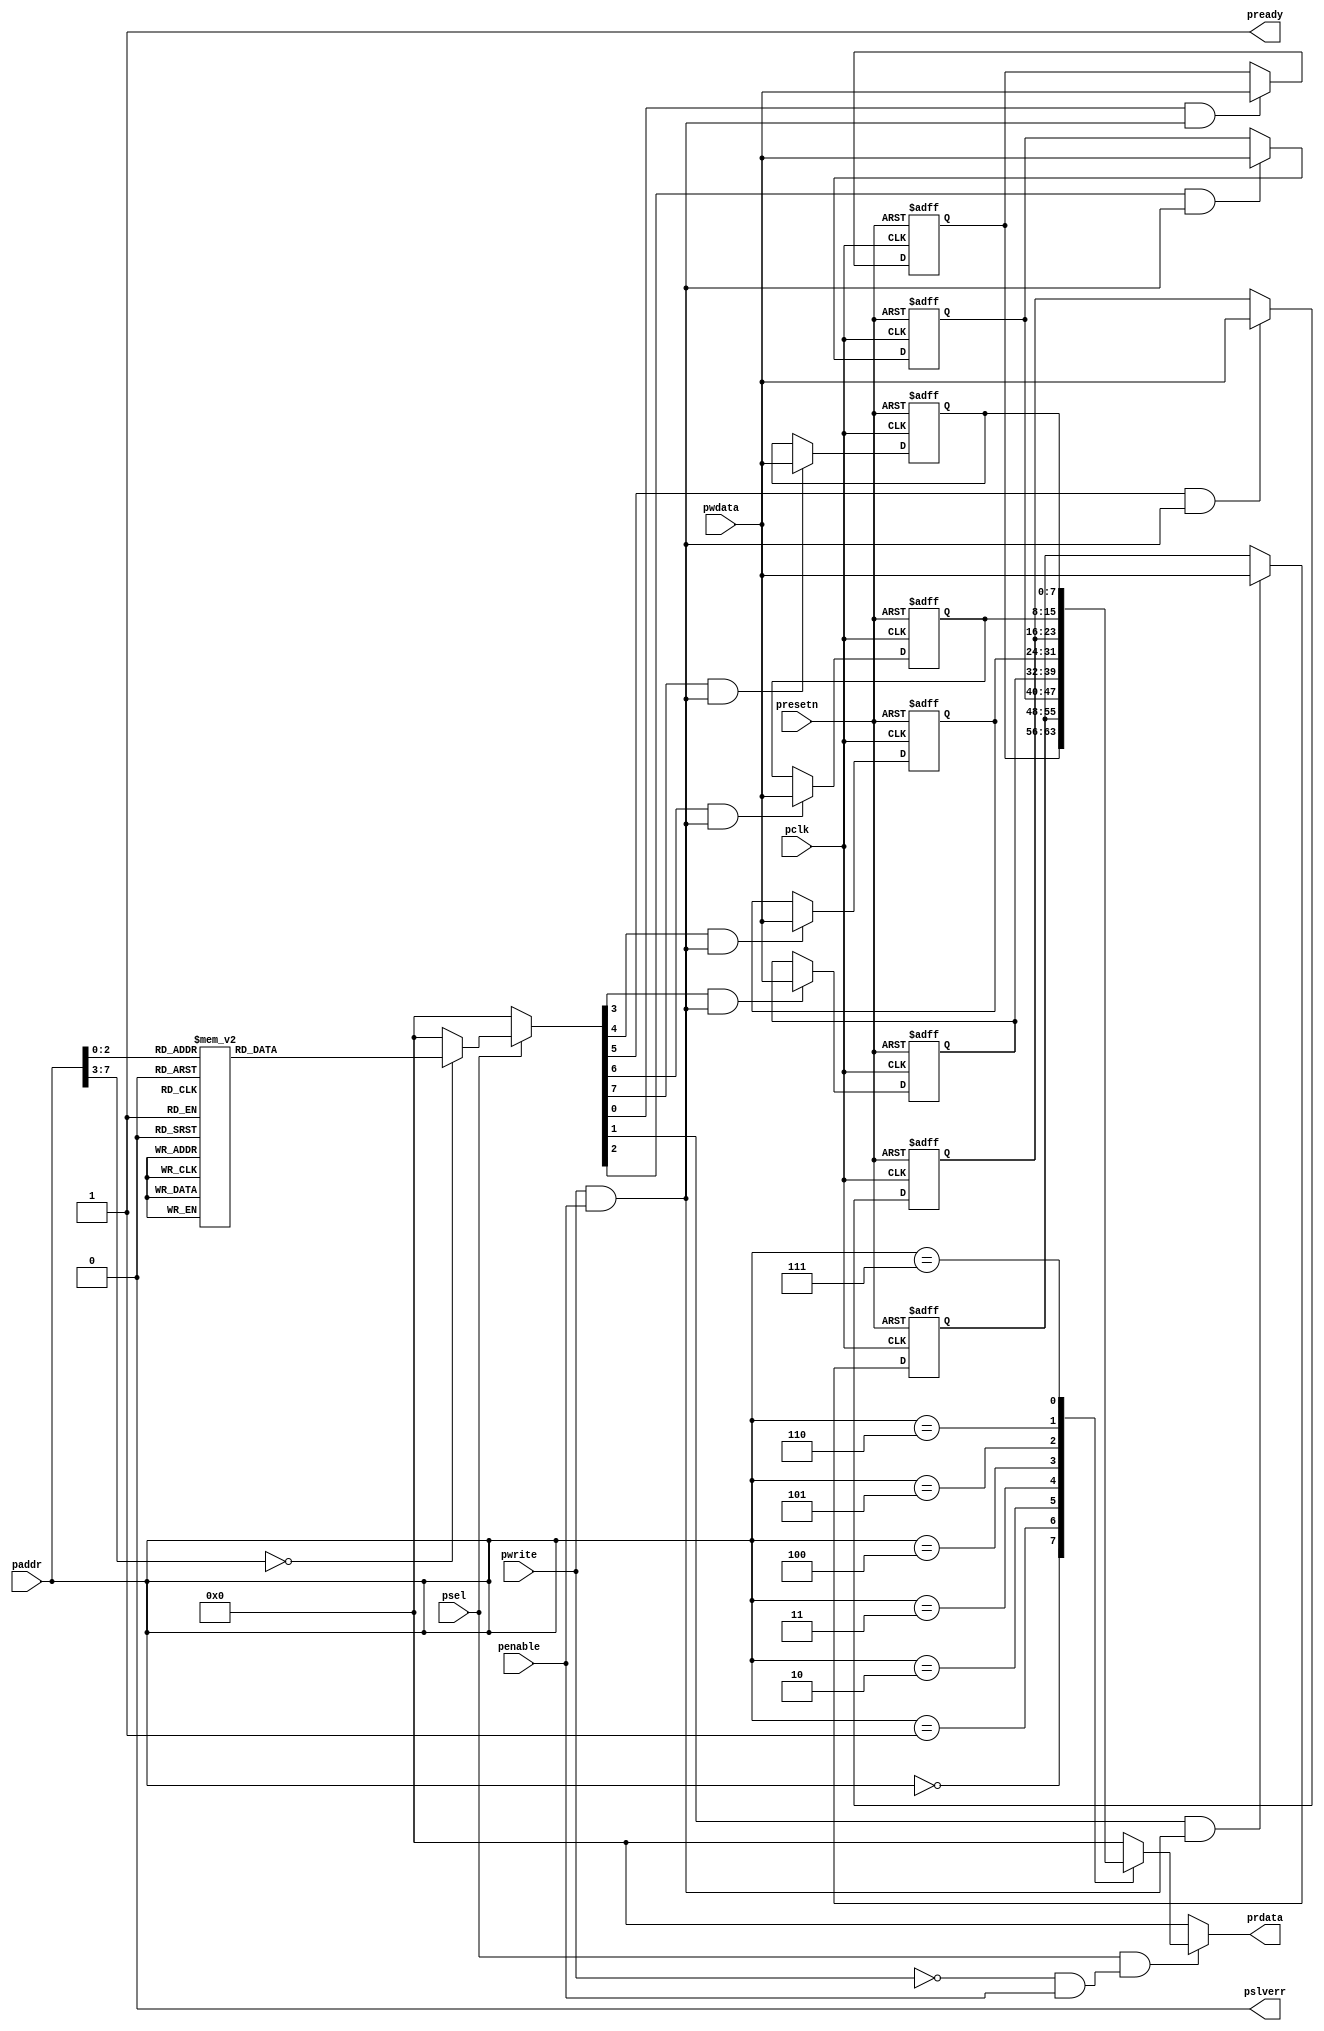
module Basic_IP_Core (pclk,presetn,pwrite,psel,penable,paddr,pwdata,prdata,pready,pslverr);

//Inputs, Outputs
  input wire pclk,presetn,pwrite,psel,penable;
  input wire [7:0] paddr,pwdata;
  output wire pready,pslverr;
  output reg [7:0] prdata;

//Internal Signals
  reg [7:0] reg_A,reg_B,reg_C,reg_D,reg_E,reg_F,reg_G,reg_H;
  reg [7:0] psel_reg;
  wire apb_wr_en;
  wire apb_rd_en;
 // wire sel_apb_rd_en;

//pready & pslverr
  assign pready = 1'b1;
  assign pslverr = 1'b0;

//Control Logic Block
  assign apb_wr_en = pwrite & penable & pready;  //decoder
  assign apb_rd_en = (~pwrite) & penable & pready;  //encoder
 // assign sel_apb_rd_en = apb_rd_en & psel;

//Decode Block 
  always @(paddr or psel)
  begin
  if(psel==0)
    psel_reg = 8'b0000_0000;
  else
    case(paddr)
      8'h00: psel_reg = 8'b0000_0001;
      8'h01: psel_reg = 8'b0000_0010;
      8'h02: psel_reg = 8'b0000_0100;
      8'h03: psel_reg = 8'b0000_1000;
      8'h04: psel_reg = 8'b0001_0000;
      8'h05: psel_reg = 8'b0010_0000;
      8'h06: psel_reg = 8'b0100_0000;
      8'h07: psel_reg = 8'b1000_0000;
      default: psel_reg = 8'b0000_0000;
    endcase
  end

//Encode Block
  always @(paddr or psel or apb_rd_en)
  begin
  if(!(psel && apb_rd_en))
    prdata = 8'b0000_0000;
  else
    case(paddr)
      8'h00: prdata = reg_A;
      8'h01: prdata = reg_B;
      8'h02: prdata = reg_C;
      8'h03: prdata = reg_D;
      8'h04: prdata = reg_E;
      8'h05: prdata = reg_F;
      8'h06: prdata = reg_G;
      8'h07: prdata = reg_H;
      default: prdata = 8'b0000_0000;
    endcase
  end
//Register
  //reg_A
  always @(posedge pclk or negedge presetn)
  begin
    if(presetn==0)
      reg_A <= 8'h00;
    else if(psel_reg[0] & apb_wr_en)
      reg_A <= pwdata;
    else
      reg_A <= reg_A;
  end

  //reg_B
  always @(posedge pclk or negedge presetn)
  begin
    if(presetn==0)
      reg_B <= 8'h00;
    else if(psel_reg[1] & apb_wr_en)
      reg_B <= pwdata;
    else
      reg_B <= reg_B;
  end

  //reg_C
  always @(posedge pclk or negedge presetn)
  begin
    if(presetn==0)
      reg_C <= 8'h00;
    else if(psel_reg[2] & apb_wr_en)
      reg_C <= pwdata;
    else
      reg_C <= reg_C;
  end

  //reg_D
  always @(posedge pclk or negedge presetn)
  begin
    if(presetn==0)
      reg_D <= 8'h00;
    else if(psel_reg[3] & apb_wr_en)
      reg_D <= pwdata;
    else
      reg_D <= reg_D;
  end

  //reg_E
  always @(posedge pclk or negedge presetn)
  begin
    if(presetn==0)
      reg_E <= 8'h00;
    else if(psel_reg[4] & apb_wr_en)
      reg_E <= pwdata;
    else
      reg_E <= reg_E;
  end

  //reg_F
  always @(posedge pclk or negedge presetn)
  begin
    if(presetn==0)
      reg_F <= 8'h00;
    else if(psel_reg[5] & apb_wr_en)
      reg_F <= pwdata;
    else
      reg_F <= reg_F;
  end

  //reg_G
  always @(posedge pclk or negedge presetn)
  begin
    if(presetn==0)
      reg_G <= 8'h00;
    else if(psel_reg[6] & apb_wr_en)
      reg_G <= pwdata;
    else
      reg_G <= reg_G;
  end

  //reg_H
  always @(posedge pclk or negedge presetn)
  begin
    if(presetn==0)
      reg_H <= 8'h00;
    else if(psel_reg[7] & apb_wr_en)
      reg_H <= pwdata;
    else
      reg_H <= reg_H;
  end

endmodule